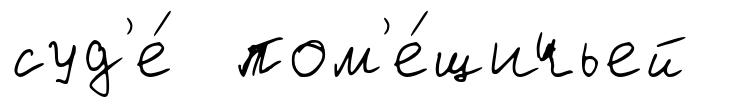
суд'е́ пом'е́щичьей